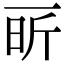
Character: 㪽